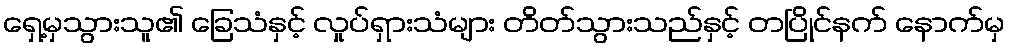
ရှေ့မှသွားသူ၏ ခြေသံနှင့် လှုပ်ရှားသံများ တိတ်သွားသည်နှင့် တပြိုင်နက် နောက်မှ